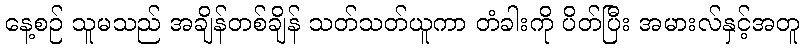
နေ့စဉ် သူမသည် အချိန်တစ်ချိန် သတ်သတ်ယူကာ တံခါးကို ပိတ်ပြီး အမားလ်နှင့်အတူ